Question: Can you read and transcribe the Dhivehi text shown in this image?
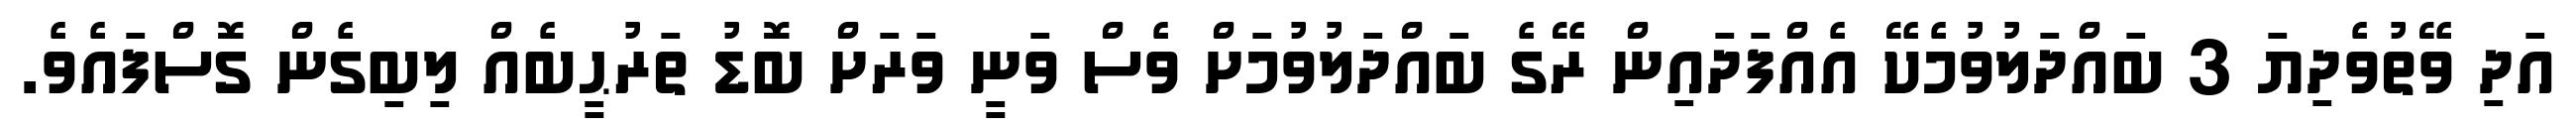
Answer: އަދި ވޭތުވެދިޔަ 3 ބައްދަލުވުމެކޭ އެއްފަދައިން ރޭގެ ބައްދަލުވުމަށް ވެސް ވަނީ ވަރަށް ބޮޑު ތަރުޙީބެއް ލިބިގެން ގޮސްފައެވެ.